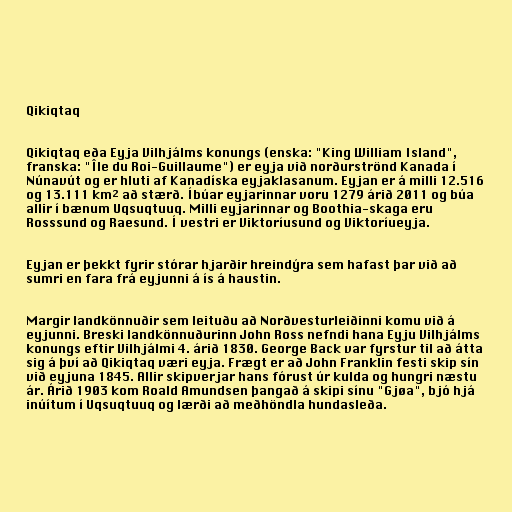
Qikiqtaq

Qikiqtaq eða Eyja Vilhjálms konungs (enska: "King William Island",
franska: "Île du Roi-Guillaume") er eyja við norðurströnd Kanada í
Núnavút og er hluti af Kanadíska eyjaklasanum. Eyjan er á milli 12.516
og 13.111 km² að stærð. Íbúar eyjarinnar voru 1279 árið 2011 og búa
allir í bænum Uqsuqtuuq. Milli eyjarinnar og Boothia-skaga eru
Rosssund og Raesund. Í vestri er Viktoríusund og Viktoríueyja.

Eyjan er þekkt fyrir stórar hjarðir hreindýra sem hafast þar við að
sumri en fara frá eyjunni á ís á haustin.

Margir landkönnuðir sem leituðu að Norðvesturleiðinni komu við á
eyjunni. Breski landkönnuðurinn John Ross nefndi hana Eyju Vilhjálms
konungs eftir Vilhjálmi 4. árið 1830. George Back var fyrstur til að átta
sig á því að Qikiqtaq væri eyja. Frægt er að John Franklin festi skip sín
við eyjuna 1845. Allir skipverjar hans fórust úr kulda og hungri næstu
ár. Árið 1903 kom Roald Amundsen þangað á skipi sínu "Gjøa", bjó hjá
inúítum í Uqsuqtuuq og lærði að meðhöndla hundasleða.